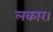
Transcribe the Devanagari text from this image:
लकार।